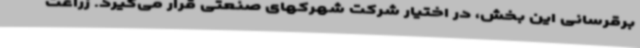
برقرسانی این بخش، در اختیار شرکت شهرکهای صنعتی قرار می‌گیرد. زراعت